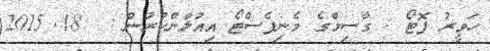
ހަވީރު ފޮޓޯ : ގާސިމްގެ މެނިފެސްޓޯ އިއުލާންކުރުން :  18